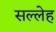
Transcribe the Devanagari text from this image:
सल्लेह